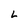
Character: L